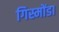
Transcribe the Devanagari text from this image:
गिस्मोंडा